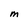
Character: M